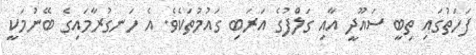
ފަހަތުގައި ތިބީ ސައޫދީ އާއި ގަލްފުގެ އަރަބި ގައުމުތަކެވެ. އެ ހަނގުރާމައިގެ ބޭނުމަކީ